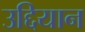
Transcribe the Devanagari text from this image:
उद्दियान